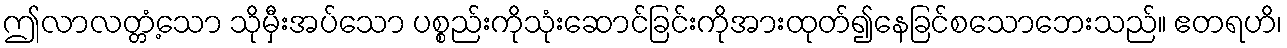
ဤလာလတ္တံ့သော သိုမှီးအပ်သော ပစ္စည်းကိုသုံးဆောင်ခြင်းကိုအားထုတ်၍နေခြင်စသောဘေးသည်။ ဧတရဟိ၊